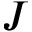
J